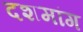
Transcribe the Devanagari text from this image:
दशमांग